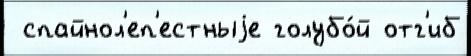
 спайнол'еп'естныjе голубо́й отг'иб